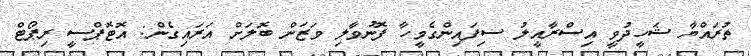
ތުރައްޔާ ޝަހީދުވީ އިސްރާއީލު ސިފައިންގެމީހާ ފޮނުވާލި ވަޒަން ބޮލަށް އަރައިގެން: އޮޓޮޕްސީ ރިޕޯޓް